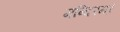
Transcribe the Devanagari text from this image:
मन्दिरम्।